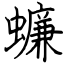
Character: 蠊